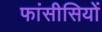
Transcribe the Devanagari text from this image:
फांसीसियों